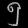
Digit: ၅